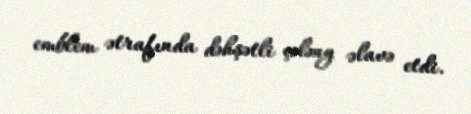
emblem ətrafında dəhşətli çələng əlavə etdi.